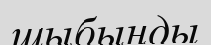
шыбынды